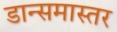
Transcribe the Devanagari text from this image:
डान्समास्तर